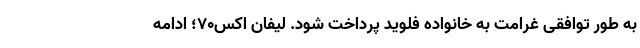
به طور توافقی غرامت به خانواده فلوید پرداخت شود. لیفان اکس70؛ ادامه